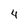
Character: 4